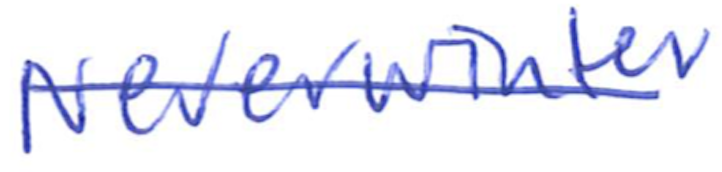
Text: Neverwinter
Cross-out: diagonal
Writing tool: ballpoint